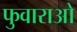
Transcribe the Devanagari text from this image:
फुवाराओ